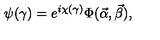
\psi ( \gamma ) = e ^ { i \chi ( \gamma ) } \Phi ( \vec { \alpha } , \vec { \beta } ) ,